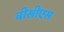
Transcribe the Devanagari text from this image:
बीसीएस